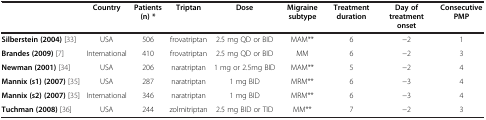
<table><thead><tr><td><b> </b></td><td><b>Country</b></td><td><b>Patients (n) *</b></td><td><b>Triptan</b></td><td><b>Dose</b></td><td><b>Migraine subtype</b></td><td><b>Treatment duration</b></td><td><b>Day of treatment onset</b></td><td><b>Consecutive PMP</b></td></tr></thead><tbody><tr><td><b>Silberstein (2004)</b>[33]</td><td>USA</td><td>506</td><td>frovatriptan</td><td>2.5 mg QD or BID</td><td>MAM**</td><td>6</td><td>−2</td><td>1</td></tr><tr><td><b>Brandes (2009)</b>[7]</td><td>International</td><td>410</td><td>frovatriptan</td><td>2.5 mg QD or BID</td><td>MM</td><td>6</td><td>−2</td><td>3</td></tr><tr><td><b>Newman (2001)</b>[34]</td><td>USA</td><td>206</td><td>naratriptan</td><td>1 mg or 2.5mg BID</td><td>MAM**</td><td>5</td><td>−2</td><td>4</td></tr><tr><td><b>Mannix (s1) (2007)</b>[35]</td><td>USA</td><td>287</td><td>naratriptan</td><td>1 mg BID</td><td>MRM**</td><td>6</td><td>−3</td><td>4</td></tr><tr><td><b>Mannix (s2) (2007)</b>[35]</td><td>International</td><td>346</td><td>naratriptan</td><td>1 mg BID</td><td>MRM**</td><td>6</td><td>−3</td><td>4</td></tr><tr><td><b>Tuchman (2008)</b>[36]</td><td>USA</td><td>244</td><td>zolmitriptan</td><td>2.5 mg BID or TID</td><td>MM**</td><td>7</td><td>−2</td><td>3</td></tr></tbody></table>